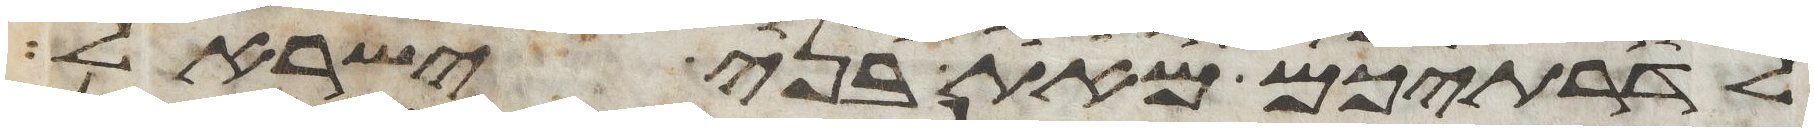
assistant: לדרתיכם מאת בני ישראל